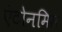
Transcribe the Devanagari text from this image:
एंटोनमिस